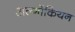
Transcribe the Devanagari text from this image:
अल्गोंकियन